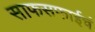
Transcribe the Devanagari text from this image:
साफसफाईचं